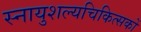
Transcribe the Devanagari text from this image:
स्नायुशल्यचिकित्सकों